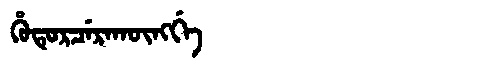
Manchu: ᡥᡠᡨᡠᡵᠴᡝᡵᠠᡴᡡᠩᡤᡝ
Romanization: HUTURCERAKŪNGGE